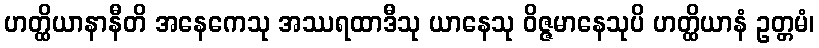
ဟတ္ထိယာနာနီတိ အနေကေသု အဿရထာဒီသု ယာနေသု ဝိဇ္ဇမာနေသုပိ ဟတ္ထိယာနံ ဥတ္တမံ၊